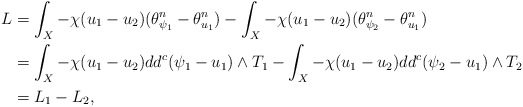
\begin{align*} L&=\int_X-\chi(u_1-u_2)(\theta_{\psi_1}^n-\theta_{u_1}^n) -\int_X-\chi(u_1-u_2)(\theta_{\psi_2}^n-\theta_{u_1}^n)\\ &=\int_X-\chi(u_1-u_2)dd^c(\psi_1-u_1)\wedge T_1-\int_X-\chi(u_1-u_2)dd^c(\psi_2-u_1)\wedge T_2\\ &=L_1-L_2, \end{align*}